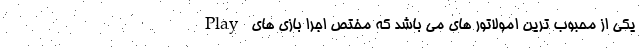
یکی از محبوب ترین امولاتور های می باشد که مختص اجرا بازی های Play